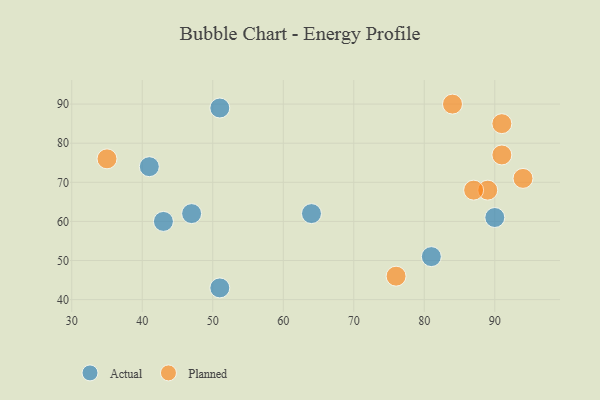
{"axis": {"x": "GDP", "y": "Life Expectancy"}, "legend": ["Actual", "Planned"], "data": [{"x": "51", "y": 89, "type": "Actual"}, {"x": "47", "y": 62, "type": "Actual"}, {"x": "81", "y": 51, "type": "Actual"}, {"x": "41", "y": 74, "type": "Actual"}, {"x": "64", "y": 62, "type": "Actual"}, {"x": "51", "y": 43, "type": "Actual"}, {"x": "43", "y": 60, "type": "Actual"}, {"x": "90", "y": 61, "type": "Actual"}, {"x": "35", "y": 76, "type": "Planned"}, {"x": "89", "y": 68, "type": "Planned"}, {"x": "84", "y": 90, "type": "Planned"}, {"x": "91", "y": 85, "type": "Planned"}, {"x": "87", "y": 68, "type": "Planned"}, {"x": "94", "y": 71, "type": "Planned"}, {"x": "91", "y": 77, "type": "Planned"}, {"x": "76", "y": 46, "type": "Planned"}]}